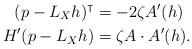
LaTeX: \begin{align*}(p-L_X h)^\intercal &= -2\zeta A'(h)\\H'(p-L_X h) &= \zeta A\cdot A'(h). \end{align*}